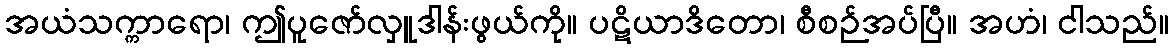
အယံသက္ကာရော၊ ဤပူဇော်လှူဒါန်းဖွယ်ကို။ ပဋိယာဒိတော၊ စီစဉ်အပ်ပြီ။ အဟံ၊ ငါသည်။